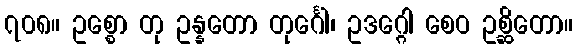
၇၀၈။ ဥစ္စော တု ဥန္နတော တုင်္ဂေါ၊ ဥဒဂ္ဂေါ စေဝ ဥစ္ဆိတော။